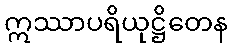
ဣဿာပရိယုဋ္ဌိတေန